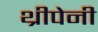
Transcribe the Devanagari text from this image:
थ्रीपेनी